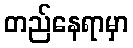
တည်နေရာမှာ